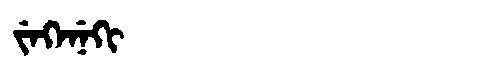
Manchu: ᠵᡝᡴᡝᠨᡝᡴᡳ
Romanization: JEKENEKI